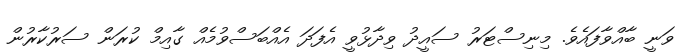
ވަނީ ބާއްވާފައެވެ. މިނިސްޓަރު ސައީދު ވިދާޅުވީ އެފަދަ އެއްބަސްވުމެއް ގާއިމް ކުރަން ސަރުކާރުން